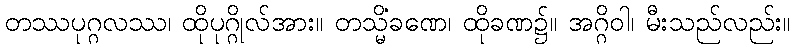
တဿပုဂ္ဂလဿ၊ ထိုပုဂ္ဂိုလ်အား။ တသ္မိံခဏေ၊ ထိုခဏ၌။ အဂ္ဂိဝါ၊ မီးသည်လည်း။